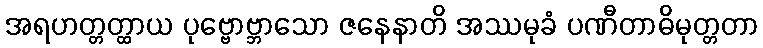
အရဟတ္တတ္ထာယ ပုဗ္ဗောဗ္ဘာသော ဇနေနာတိ အဿမုခံ ပဏီတာဓိမုတ္တတာ